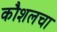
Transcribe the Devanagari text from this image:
कौशलचा